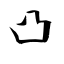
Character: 凸